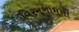
વિરમગામની